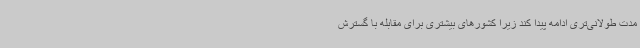
مدت طولانی‌تری ادامه پیدا کند زیرا کشورهای بیشتری برای مقابله با گسترش